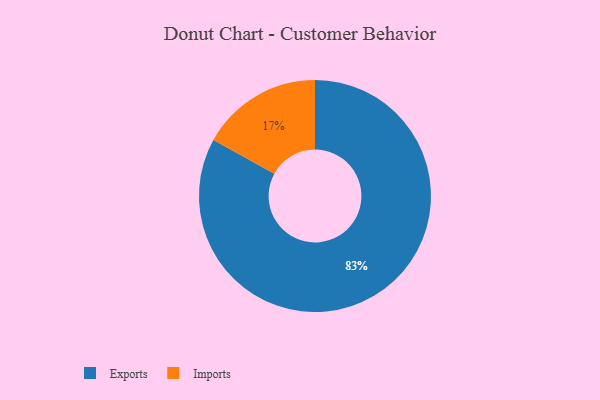
{"axis": {"x": "Category", "y": "Percentage"}, "legend": ["Exports", "Imports"], "data": [{"x": "Exports", "y": 83, "type": "Exports"}, {"x": "Imports", "y": 17, "type": "Imports"}]}